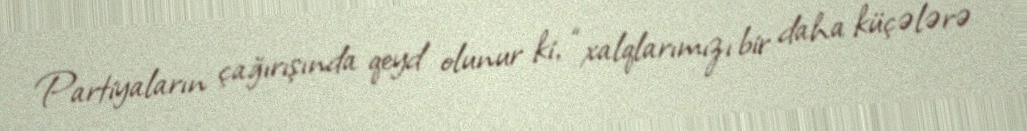
Partiyaların çağırışında qeyd olunur ki, “xalqlarımızı bir daha küçələrə